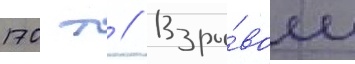
170 т // Взры́вом